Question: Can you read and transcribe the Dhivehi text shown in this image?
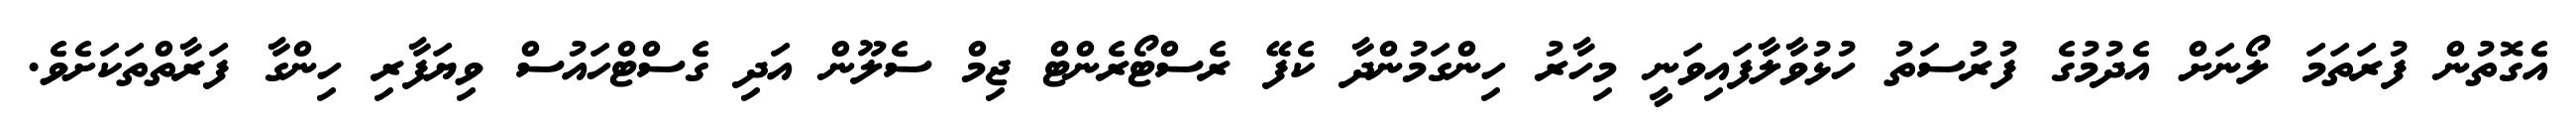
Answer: އެގޮތުން ފުރަތަމަ ލޯނަށް އެދުމުގެ ފުރުސަތު ހުޅުވާލާފައިވަނީ މިހާރު ހިންގަމުންދާ ކެފޭ ރެސްޓޯރެންޓް ޖިމް ސެލޫން އަދި ގެސްޓްހައުސް ވިޔަފާރި ހިންގާ ފަރާތްތަކަށެވެ.